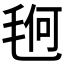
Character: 𰚚